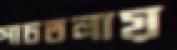
পাচতলায়